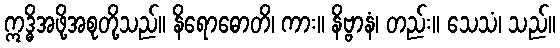
ဣဒ္ဓိအဖို့အစုတို့သည်။ နိရောဓောတိ၊ ကား။ နိဗ္ဗာနံ၊ တည်း။ သေသံ၊ သည်။